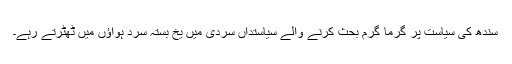
سندھ کی سیاست پر گرما گرم بحث کرنے والے سیاستداں سردی میں یخ بستہ سرد ہواؤں میں ٹھٹرتے رہے۔